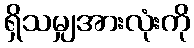
ရှိသမျှအားလုံးကို